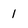
Character: 1